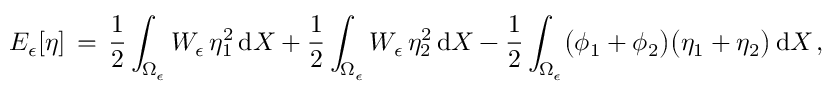
E _ { \epsilon } [ \eta ] \, = \, \frac 1 2 \int _ { \Omega _ { \epsilon } } W _ { \epsilon } \, \eta _ { 1 } ^ { 2 } \, \mathrm { d } X + \frac 1 2 \int _ { \Omega _ { \epsilon } } W _ { \epsilon } \, \eta _ { 2 } ^ { 2 } \, \mathrm { d } X - \frac 1 2 \int _ { \Omega _ { \epsilon } } \bigl ( \phi _ { 1 } + \phi _ { 2 } \bigr ) \bigl ( \eta _ { 1 } + \eta _ { 2 } \bigr ) \, \mathrm { d } X \, ,